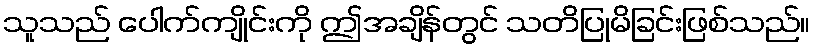
သူသည် ပေါက်ကျိုင်းကို ဤအချိန်တွင် သတိပြုမိခြင်းဖြစ်သည်။